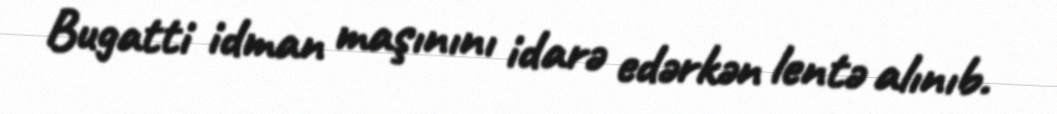
Bugatti idman maşınını idarə edərkən lentə alınıb.